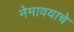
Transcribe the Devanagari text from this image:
नेमावयाचे